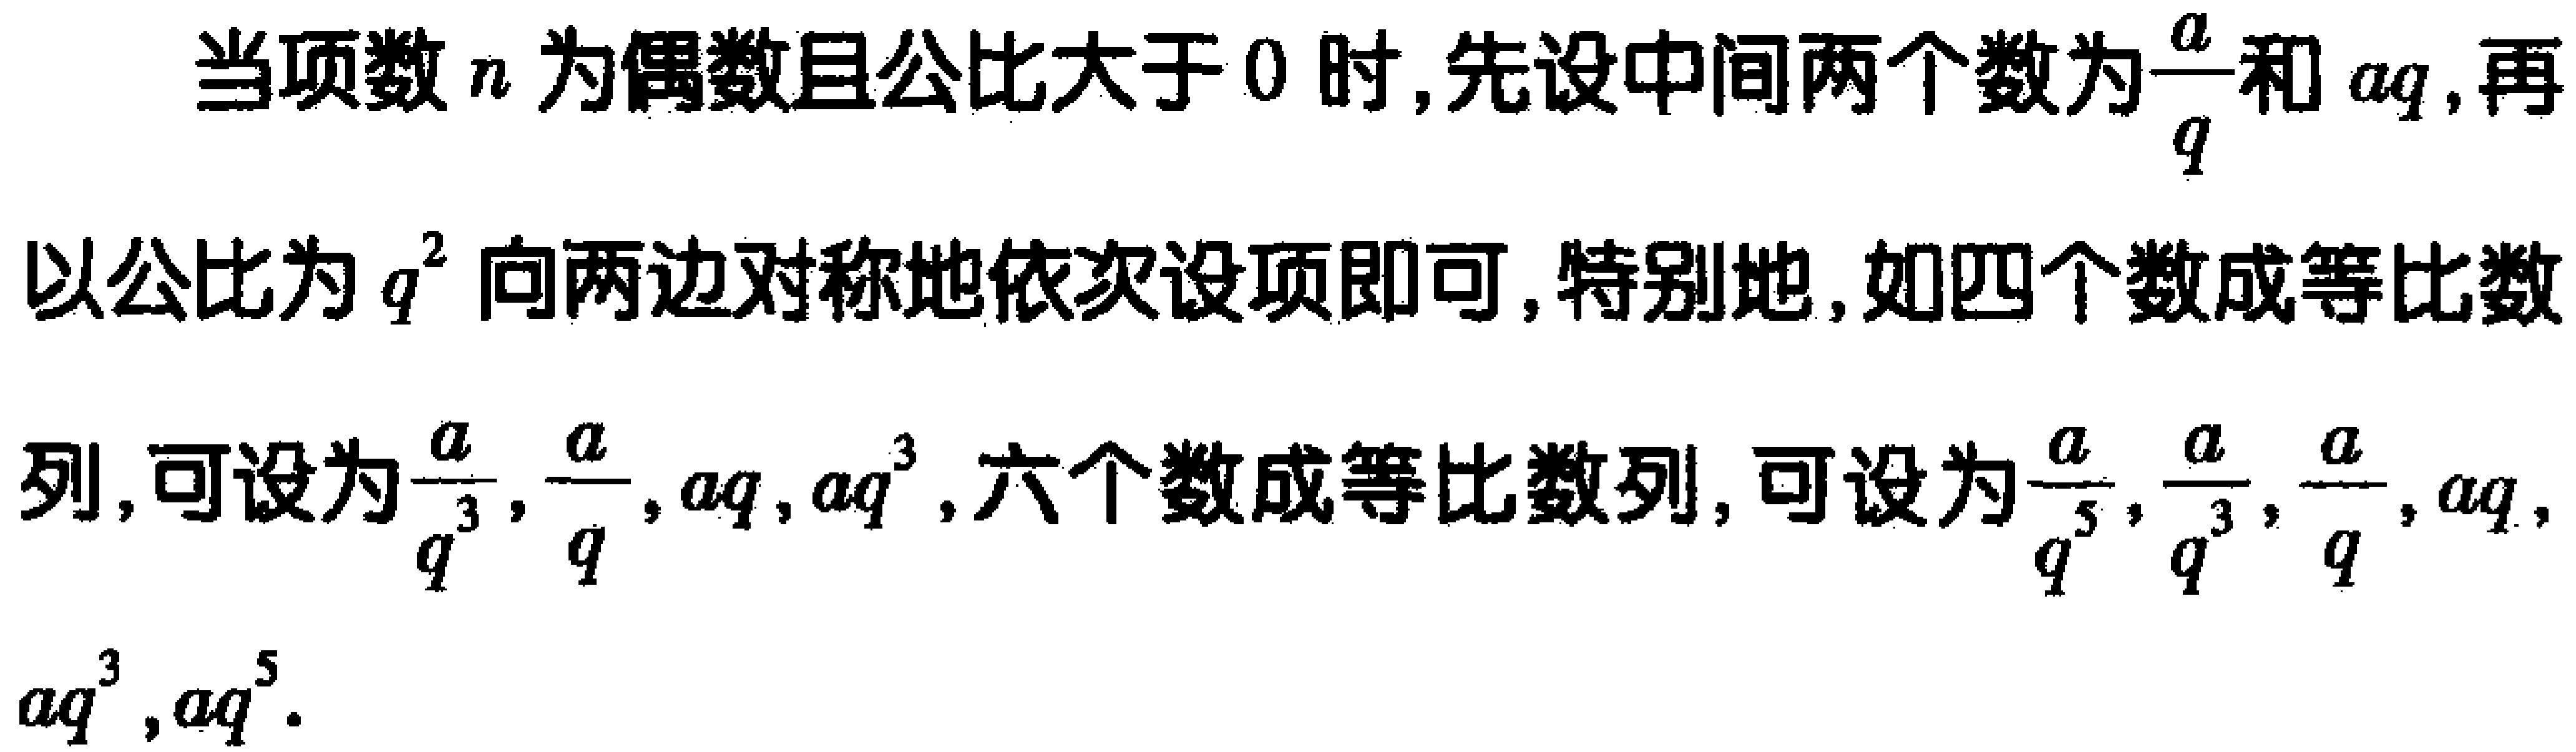
当项数\(n\)为偶数且公比大于\(0\)时,先设中间两个数为\(\frac{a}{q}\)和\(aq\),再以公比为\(q^{2}\)向两边对称地依次设项即可,特别地,如四个数成等比数列,可设为\(\frac{a}{q^{3}},\frac{a}{q},aq,aq^{3}\),六个数成等比数列,可设为\(\frac{a}{q^{5}},\frac{a}{q^{3}},\frac{a}{q},aq,aq^{3},aq^{5}\).